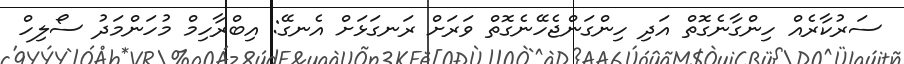
ސަރުކާރެއް ހިންގާނެގޮތް އަދި ހިންގަންޖެހޭނެގޮތް ވަރަށް ރަނގަޅަށް އެނގޭ: އިބްރާހިމް މުހަންމަދު ސޯލިހް